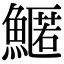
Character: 𩺱